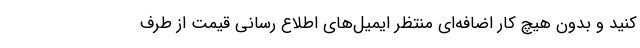
کنید و بدون هیچ کار اضافه‌ای منتظر ایمیل‌های اطلاع رسانی قیمت از طرف